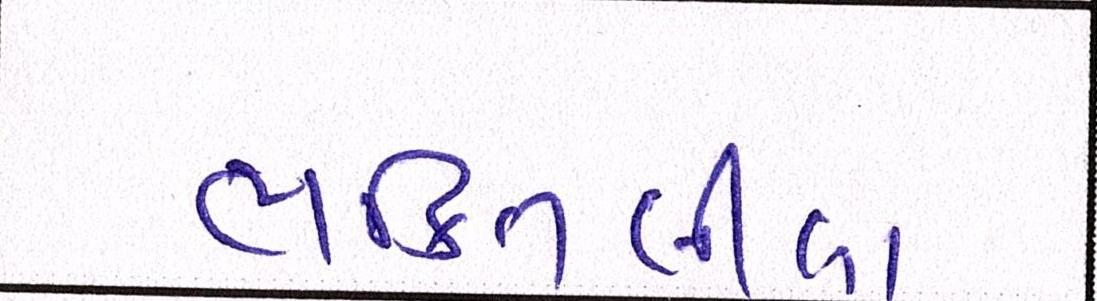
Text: ભક્તિલીલા